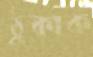
ঠুকাক